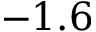
- 1 . 6